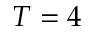
T = 4